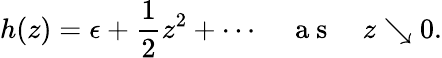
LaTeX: h(z)=\epsilon+\frac{1}{2}z^{2}+\cdots\quad\mathrm{~a~s~}\quad z\searrow 0.